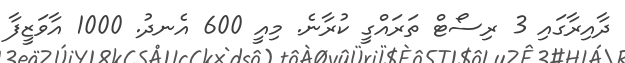
ދާއިރާގައި 3 ރިސޯޓް ތަރައްގީ ކުރާނެ. މިއީ 600 އެނދު. 1000 އާވަޒީފާ